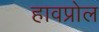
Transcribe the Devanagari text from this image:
हावप्रोल